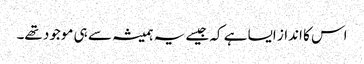
اس کا انداز ایسا ہے کہ جیسے یہ ہمیشہ سے ہی موجود تھے۔